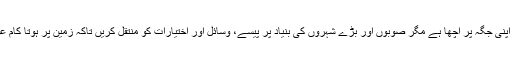
این ڈی ایم اے کا کام اپنی جگہ پر اچھا ہے مگر صوبوں اور بڑے شہروں کی بنیاد پر پیسے، وسائل اور اختیارات کو منتقل کریں تاکہ زمین پر ہوتا کام عوام کو بھی نظر آئے۔